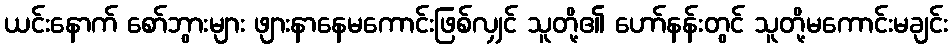
ယင်းနောက် စော်ဘွားများ ဖျားနာနေမကောင်းဖြစ်လျှင် သူတို့၏ ဟော်နန်းတွင် သူတို့မကောင်းမချင်း